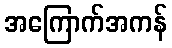
အကြောက်အကန်